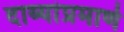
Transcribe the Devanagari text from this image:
दाव्यांप्रमाणे